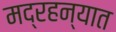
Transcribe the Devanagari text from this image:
मद्रहन्यात